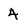
Character: 4